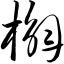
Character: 槲